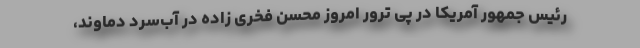
رئیس جمهور آمریکا در پی ترور امروز محسن فخری زاده در آب‌سرد دماوند،